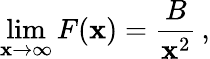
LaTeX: \operatorname*{lim}_{\mathbf{x}\rightarrow\infty}F(\mathbf{x})={\frac{{B}}{{\mathbf{x}^{2}}}}\, ,